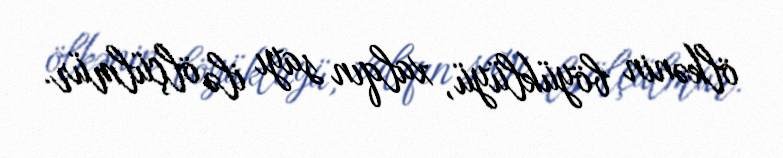
ölkənin böyüklüyü, xalqın sayı ilə ölçülmür.